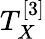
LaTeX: T_{X}^{[3]}